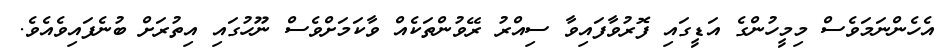
އެހެންނަމަވެސް މިމީހުންގެ އަޑީގައި ފޮރުވާފައިވާ ސިއްރު ރޭވުންތަކެއް ވާކަމަށްވެސް ނޫހުގައި އިތުރަށް ބުނެފައިވެއެވެ.